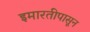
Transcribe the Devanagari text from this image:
इमारतीपासून